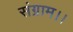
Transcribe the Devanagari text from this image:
संग्राम।।